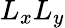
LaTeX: L_{x}L_{y}